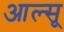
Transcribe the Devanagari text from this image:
आल्सू